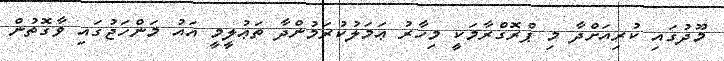
މޫދުގައި ކުރިއަށްދާ މި ޕްރޮގްރާމަކީ މިހާރު ޢަމަލުކުރަމުންދާ ތަޢުލީމީ އައު މަންހަޖުގައި ވާގޮތުން